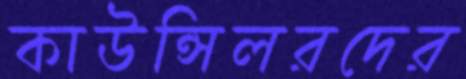
কাউন্সিলরদের